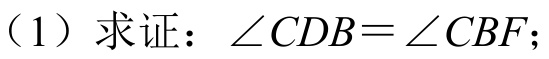
（1）求证：\(\angle CDB=\angle CBF\)；